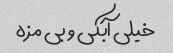
خیلی آبکی و بی مزه